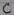
Text: C